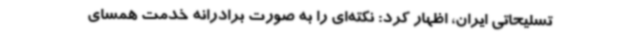
تسلیحاتی ایران، اظهار کرد: نکته‌ای را به صورت برادرانه خدمت همسای